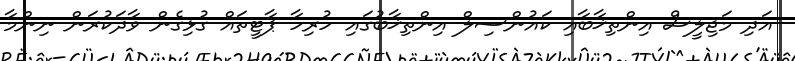
އަދި މަޖިލީސް އިންތިޚާބާއި ކައުންސިލް އިންތިޚާބުގައި ހުރިހާ ޕާޓީތައް ގުޅިގެން ވާދަކުރަން ނިންމާ